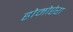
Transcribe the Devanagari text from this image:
होमोप्टेरा